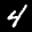
Label: 4